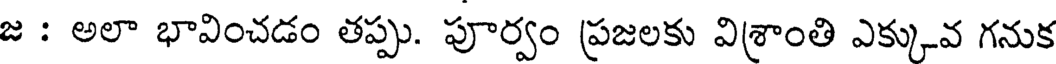
జ : అలా భావించడం తప్పు. పూర్వం ప్రజలకు విశ్రాంతి ఎక్కువ గనుక